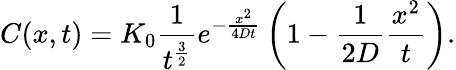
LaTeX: C(x,t)=K_{0}\frac{1}{t^{\frac{3}{2}}}e^{-\frac{x^{2}}{4Dt}}\left(1-\frac{1}{2D}\frac{x^{2}}{t}\right).